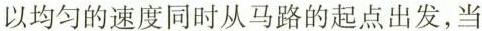
以均匀的速度同时从马路的起点出发，当